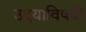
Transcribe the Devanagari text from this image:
उदयाविषयी